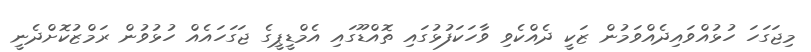
މިޖަގަހަ ހުޅުއްވައިދެއްވަމުން ޒަކީ ދެއްކެވި ވާހަކަފުޅުގައި ތޮއްޑޫގައި އެމްޑީޕީގެ ޖަގަހައެއް ހުޅުވުން ރަމްޒުކޮށްދެނީ